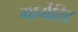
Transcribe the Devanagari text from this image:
मार्गेरिट